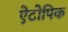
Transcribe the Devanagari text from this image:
ऐटोपिक